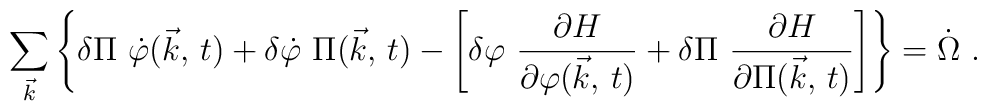
\sum_{ \vec{k} } \left\{  \delta \Pi  \ \dot{\varphi}		( \vec{k} , \, t) + \delta \dot{\varphi} \ \Pi (		\vec{k} , \, t) - \left[ \delta \varphi \ {\partial H		\over \partial \varphi ( \vec{k} , \, t) } + \delta		\Pi \ {\partial H \over \partial \Pi ( \vec{k} , \,		t) } \right] \right\} = \dot{\Omega} \ .